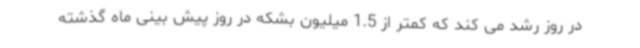
در روز رشد می کند که کمتر از 1.5 میلیون بشکه در روز پیش بینی ماه گذشته